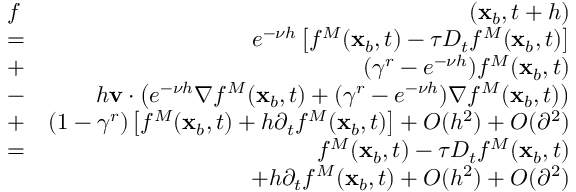
\begin{array} { r l r } & { f } & { ( \mathbf x _ { b } , t + h ) } \\ & { = } & { e ^ { - \nu h } \left[ f ^ { M } ( \mathbf x _ { b } , t ) - \tau D _ { t } f ^ { M } ( \mathbf x _ { b } , t ) \right] } \\ & { + } & { ( \gamma ^ { r } - e ^ { - \nu h } ) f ^ { M } ( \mathbf x _ { b } , t ) } \\ & { - } & { h \mathbf v \cdot \left( e ^ { - \nu h } \nabla f ^ { M } ( \mathbf x _ { b } , t ) + ( \gamma ^ { r } - e ^ { - \nu h } ) \nabla f ^ { M } ( \mathbf x _ { b } , t ) \right) } \\ & { + } & { ( 1 - \gamma ^ { r } ) \left[ f ^ { M } ( \mathbf x _ { b } , t ) + h \partial _ { t } f ^ { M } ( \mathbf x _ { b } , t ) \right] + O ( h ^ { 2 } ) + O ( \partial ^ { 2 } ) } \\ & { = } & { f ^ { M } ( \mathbf x _ { b } , t ) - \tau D _ { t } f ^ { M } ( \mathbf x _ { b } , t ) } \\ & { } & { + h \partial _ { t } f ^ { M } ( \mathbf x _ { b } , t ) + O ( h ^ { 2 } ) + O ( \partial ^ { 2 } ) } \end{array}